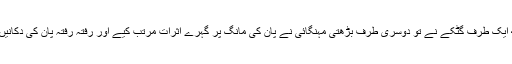
یوں وقت گزرنے کے ساتھ ساتھ ایک طرف گٹکے نے تو دوسری طرف بڑھتی مہنگائی نے پان کی مانگ پر گہرے اثرات مرتب کیے اور رفتہ رفتہ پان کی دکانیں کھوکھوں میں تبدیل ہونے لگیں۔